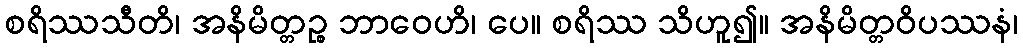
စရိဿသီတိ၊ အနိမိတ္တဉ္စ ဘာဝေဟိ၊ ပေ။ စရိဿ သိဟူ၍။ အနိမိတ္တဝိပဿနံ၊